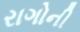
રાગોની